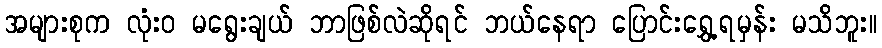
အများစုက လုံး၀ မရွေးချယ် ဘာဖြစ်လဲဆိုရင် ဘယ်နေရာ ပြောင်းရွှေ့ရမှန်း မသိဘူး။